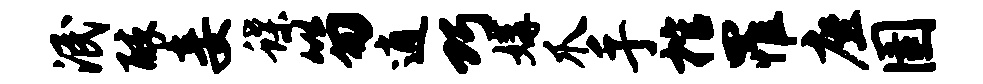
泯醉妾蝶笏逍巧媾爪手棺罹座圉